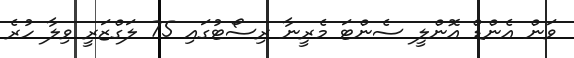
ވަން އެންޑް އޮންލީ ސެންޓަ މެރީނާ ރިސޯޓުގައި 75 ލަގްޒަރީ ވިލާ ހުރެ